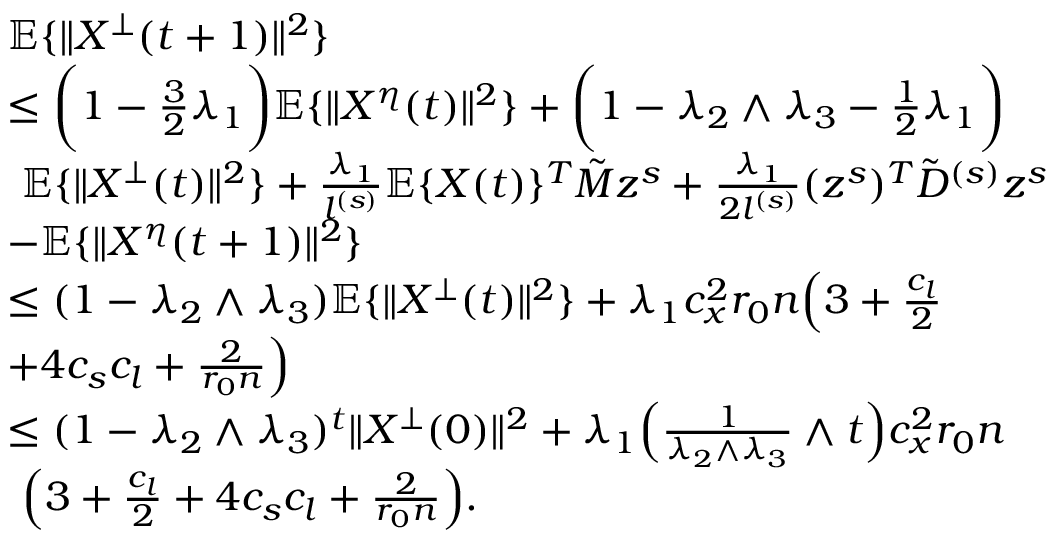
\begin{array} { r l } & { \mathbb { E } \{ \| X ^ { \bot } ( t + 1 ) \| ^ { 2 } \} } \\ & { \le \bigg ( 1 - \frac 3 2 \lambda _ { 1 } \bigg ) \mathbb { E } \{ \| X ^ { \eta } ( t ) \| ^ { 2 } \} + \bigg ( 1 - \lambda _ { 2 } \wedge \lambda _ { 3 } - \frac 1 2 \lambda _ { 1 } \bigg ) } \\ & { ~ \mathbb { E } \{ \| X ^ { \bot } ( t ) \| ^ { 2 } \} + \frac { \lambda _ { 1 } } { l ^ { ( s ) } } \mathbb { E } \{ X ( t ) \} ^ { T } \tilde { M } z ^ { s } + \frac { \lambda _ { 1 } } { 2 l ^ { ( s ) } } ( z ^ { s } ) ^ { T } \tilde { D } ^ { ( s ) } z ^ { s } } \\ & { - \mathbb { E } \{ \| X ^ { \eta } ( t + 1 ) \| ^ { 2 } \} } \\ & { \le ( 1 - \lambda _ { 2 } \wedge \lambda _ { 3 } ) \mathbb { E } \{ \| X ^ { \bot } ( t ) \| ^ { 2 } \} + \lambda _ { 1 } c _ { x } ^ { 2 } r _ { 0 } n \Big ( 3 + \frac { c _ { l } } { 2 } } \\ & { + 4 c _ { s } c _ { l } + \frac { 2 } { r _ { 0 } n } \Big ) } \\ & { \le ( 1 - \lambda _ { 2 } \wedge \lambda _ { 3 } ) ^ { t } \| X ^ { \bot } ( 0 ) \| ^ { 2 } + \lambda _ { 1 } \Big ( \frac { 1 } { \lambda _ { 2 } \wedge \lambda _ { 3 } } \wedge t \Big ) c _ { x } ^ { 2 } r _ { 0 } n } \\ & { ~ \Big ( 3 + \frac { c _ { l } } { 2 } + 4 c _ { s } c _ { l } + \frac { 2 } { r _ { 0 } n } \Big ) . } \end{array}